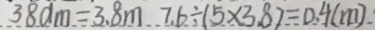
3 8 d m = 3 . 8 m 7 . 6 \div ( 5 \times 3 . 8 ) = 0 . 4 ( m )